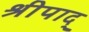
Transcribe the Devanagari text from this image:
श्रीपाद्